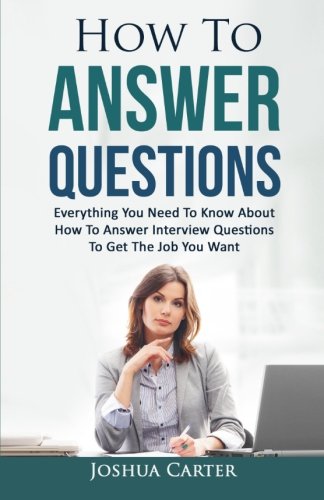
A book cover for How To Answer Questions: Everything You Need To Know About How To Answer Interview Questions To Get The Job You Want; Joshua Carter; Business & Money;